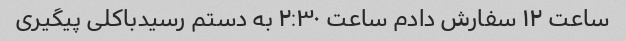
ساعت ۱۲ سفارش دادم ساعت ۲:۳۰ به دستم رسیدباکلی پیگیری